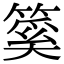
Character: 𥰥